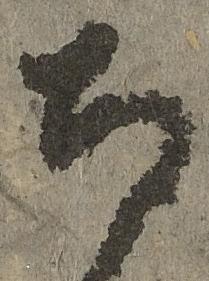
寺